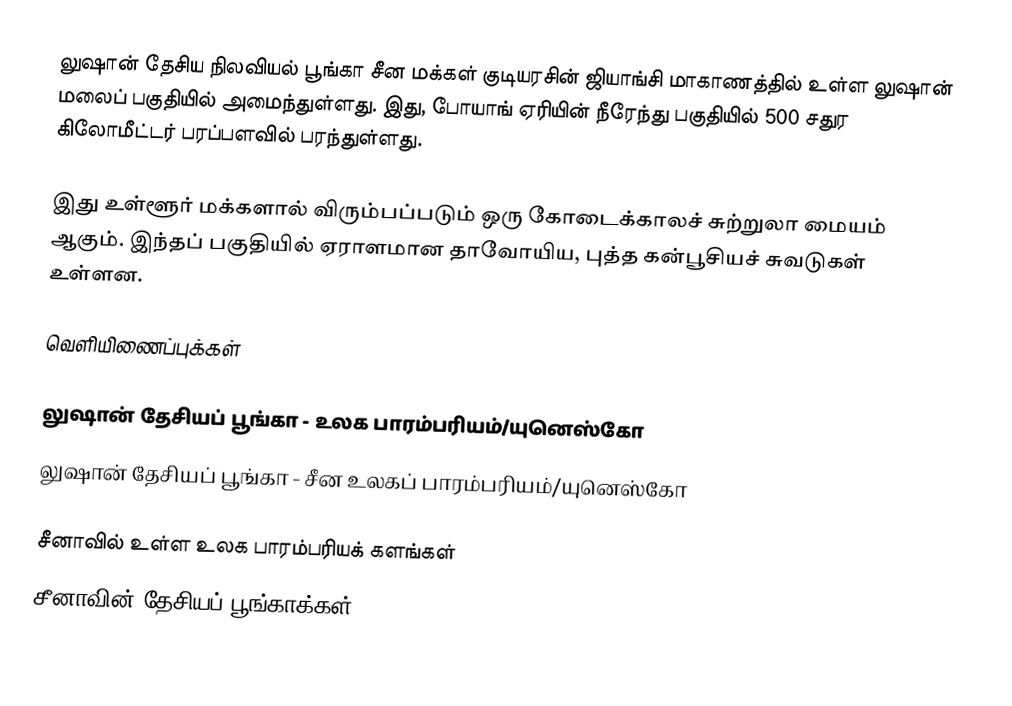
லுஷான் தேசிய நிலவியல் பூங்கா சீன மக்கள் குடியரசின் ஜியாங்சி மாகாணத்தில் உள்ள லுஷான் மலைப் பகுதியில் அமைந்துள்ளது. இது, போயாங் ஏரியின் நீரேந்து பகுதியில் 500 சதுர கிலோமீட்டர் பரப்பளவில் பரந்துள்ளது.

இது உள்ளூர் மக்களால் விரும்பப்படும் ஒரு கோடைக்காலச் சுற்றுலா மையம் ஆகும். இந்தப் பகுதியில் ஏராளமான தாவோயிய, புத்த கன்பூசியச் சுவடுகள் உள்ளன.

வெளியிணைப்புக்கள்

 லுஷான் தேசியப் பூங்கா - உலக பாரம்பரியம்/யுனெஸ்கோ
 லுஷான் தேசியப் பூங்கா - சீன உலகப் பாரம்பரியம்/யுனெஸ்கோ

சீனாவில் உள்ள உலக பாரம்பரியக் களங்கள்
சீனாவின் தேசியப் பூங்காக்கள்